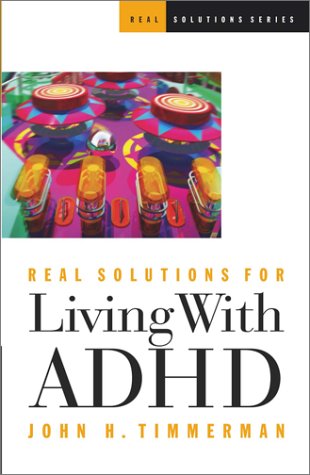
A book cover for Real Solutions for Living With Adhd (Real Solutions Series); John H. Timmerman; Parenting & Relationships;